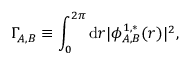
\Gamma _ { A , B } \equiv \int _ { 0 } ^ { 2 \pi } \mathrm { d } { r } \vert \phi _ { A , B } ^ { 1 , * } ( { r } ) \vert ^ { 2 } ,